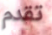
تقدم